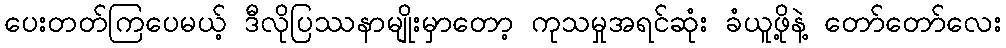
ပေးတတ်ကြပေမယ့် ဒီလိုပြဿနာမျိုးမှာတော့ ကုသမှုအရင်ဆုံး ခံယူဖို့နဲ့ တော်တော်လေး